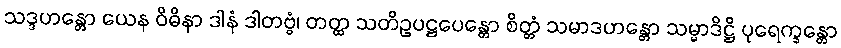
သဒ္ဒဟန္တော ယေန ဝိဓိနာ ဒါနံ ဒါတဗ္ဗံ၊ တတ္ထ သတိဥပဋ္ဌပေန္တော စိတ္တံ သမာဒဟန္တော သမ္မာဒိဋ္ဌိ ပုရေက္ခန္တော